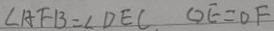
\angle A F B = \angle D E C O E = O F